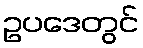
ဥပဒေတွင်